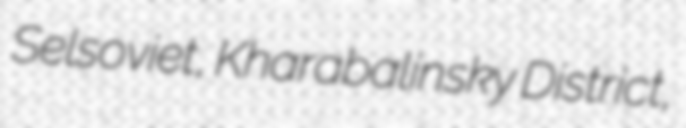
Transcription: Selsoviet, Kharabalinsky District,